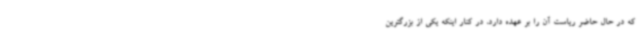
که در حال حاضر ریاست آن را بر عهده دارد، در کنار اینکه یکی از بزرگترین